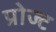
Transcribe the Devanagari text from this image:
प्रोज्ट